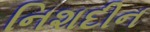
નિશદીન